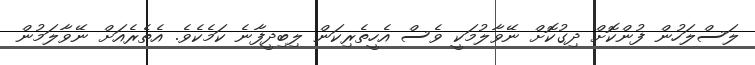
ލަސްލަހުން ފުންކޮށް ދިގުކޮށް ނޭވާލުމަކީ ވެސް އެހީތެރިކަން ލިބިދީފާނެ ކަމެކެވެ. އެތެރެއަށް ނޭވާލަމުން